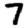
Digit: 7